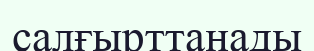
салғырттанады